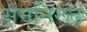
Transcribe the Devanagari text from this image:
समनिरूढ़